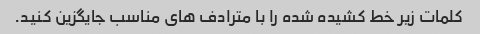
کلمات زیر خط کشیده شده را با مترادف های مناسب جایگزین کنید.